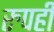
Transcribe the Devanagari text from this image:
रुपही